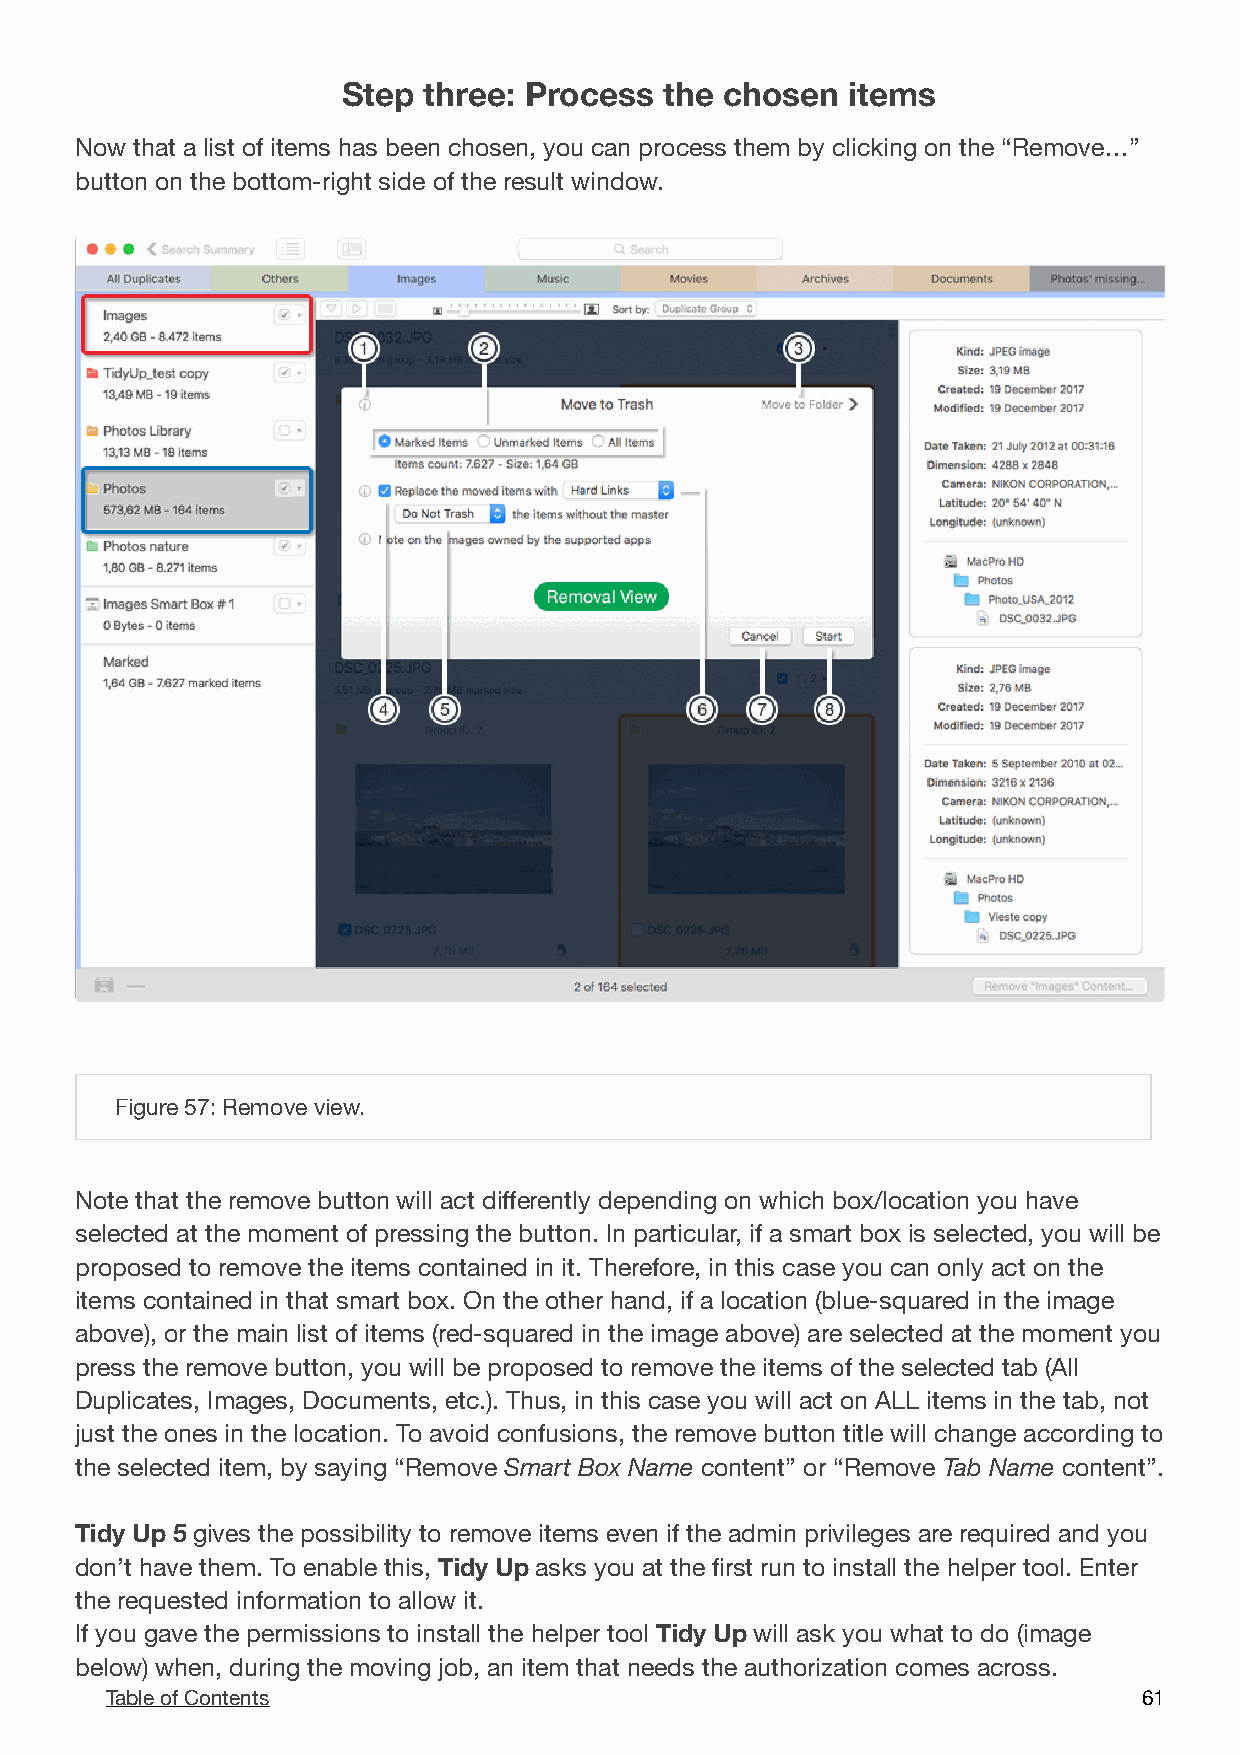
Step three: Process  the chosen  items
 Now that a list of items has been chosen, you can process them by clicking on the “Remove…”
 button on the bottom-right side of the result window.
 !
 Figure 57: Remove view.
 Note that the remove button will act differently depending on which box/location you have
 selected at the moment of pressing the button. In particular, if a smart box is selected, you will be
 proposed to remove the items contained in it. Therefore, in this case you can only act on the
 items contained in that smart box. On the other hand, if a location (blue-squared in the image
 above), or the main list of items (red-squared in the image above) are selected at the moment you
 press the remove button, you will be proposed to remove the items of the selected tab (All
 Duplicates, Images, Documents, etc.). Thus, in this case you will act on ALL items in the tab, not
 just the ones in the location. To avoid confusions, the remove button title will change according to
 the selected item, by saying “Remove Smart Box Name content” or “Remove Tab Name content”.
 Tidy Up 5 gives the possibility to remove items even if the admin privileges are required and you
 don’t have them. To enable this, Tidy Up asks you at the first run to install the helper tool. Enter
 the requested information to allow it.
 If you gave the permissions to install the helper tool Tidy Up will ask you what to do (image
 below) when, during the moving job, an item that needs the authorization comes across.
 Table of Contents                                                    6 1